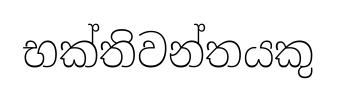
භක්තිවන්තයකු